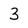
Character: 3